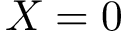
X = 0